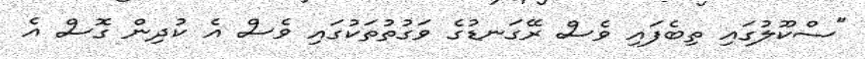
"ސްކޫލުގައި ތިބެފައި ވެސް ރޭގަނޑުގެ ވަގުތުތަކުގައި ވެސް އެ ކުދިން ގޮސް އެ